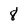
Character: 8